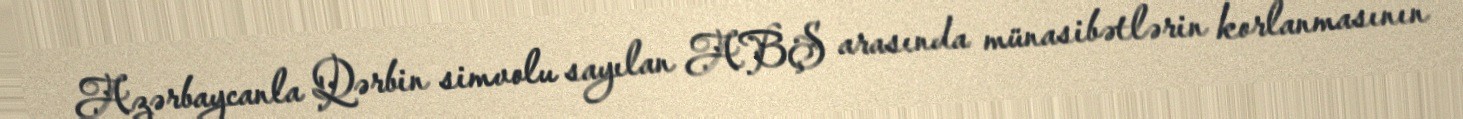
Azərbaycanla Qərbin simvolu sayılan ABŞ arasında münasibətlərin korlanmasının